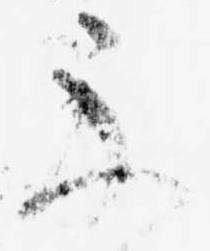
示